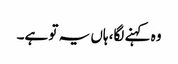
وہ کہنے لگا، ہاں یہ تو ہے۔